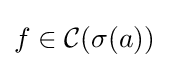
f\in {\mathcal {C}}(\sigma (a))